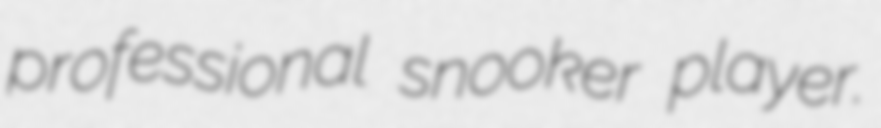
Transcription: professional snooker player.